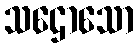
သဌောသော